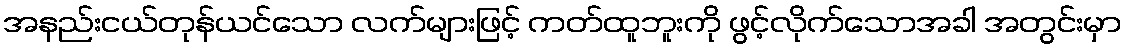
အနည်းငယ်တုန်ယင်သော လက်များဖြင့် ကတ်ထူဘူးကို ဖွင့်လိုက်သောအခါ အတွင်းမှာ